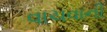
વાચવાની